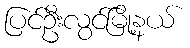
ပြင်ဦးလွင်မြို့နယ်